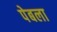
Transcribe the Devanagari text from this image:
पेबला